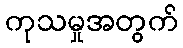
ကုသမှုအတွက်